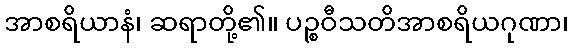
အာစရိယာနံ၊ ဆရာတို့၏။ ပဉ္စဝီသတိအာစရိယဂုဏာ၊